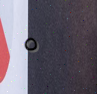
٥